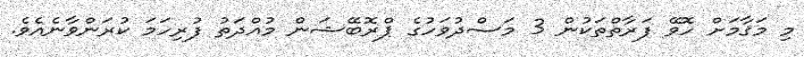
މި މަޤާމަށް ހޮވޭ ފަރާތްތަކުން 3 މަސްދުވަހުގެ ޕްރޮބޭޝަން މުއްދަތު ފުރިހަމަ ކުރަންވާނެއެވެ.